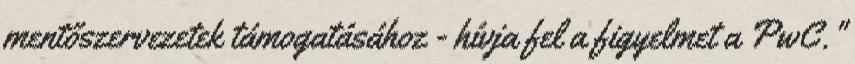
mentőszervezetek támogatásához - hívja fel a figyelmet a PwC."